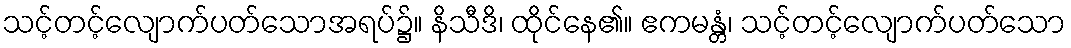
သင့်တင့်လျောက်ပတ်သောအရပ်၌။ နိသီဒိ၊ ထိုင်နေ၏။ ဧကမန္တံ၊ သင့်တင့်လျောက်ပတ်သော